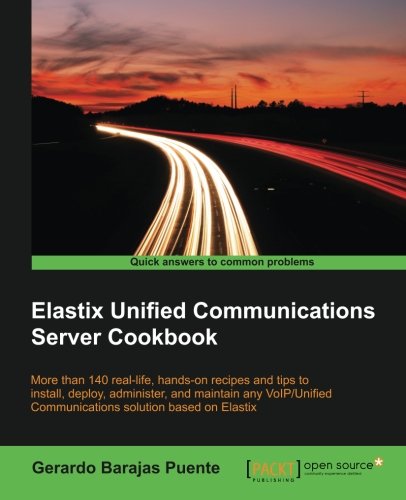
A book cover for Elastix Unified Communications Server Cookbook; Gerardo Barajas Puente; Computers & Technology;